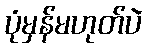
ပုံမှန်မဟုတ်ပဲ